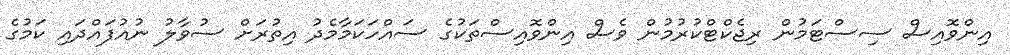
އިންވޮއިސް ސިސްޓަމުން ރިޖެކްޓްކުރުމުން ވެސް އިންވޮއިސްތަކުގެ ސައްހަކަމާމެދު އިތުރަށް ސުވާލު ނުއުފައްދައި ކަމުގެ